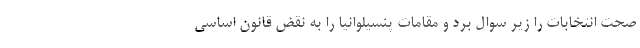
صحت انتخابات را زیر سوال برد و مقامات پنسیلوانیا را به نقض قانون اساسی